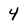
Character: 4